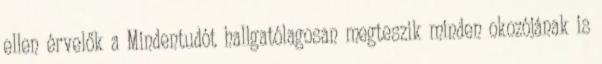
ellen érvelők a Mindentudót hallgatólagosan megteszik minden okozójának is